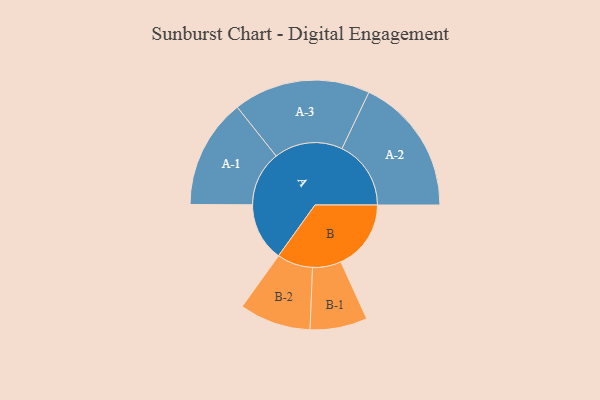
{"axis": {"x": "Segment", "y": "Value"}, "legend": ["", "A", "B"], "data": [{"x": "A", "y": 253, "type": ""}, {"x": "B", "y": 304, "type": ""}, {"x": "A-1", "y": 238, "type": "A"}, {"x": "A-2", "y": 299, "type": "A"}, {"x": "A-3", "y": 297, "type": "A"}, {"x": "B-1", "y": 124, "type": "B"}, {"x": "B-2", "y": 155, "type": "B"}]}